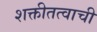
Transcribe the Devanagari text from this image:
शक्तीतत्वाची